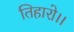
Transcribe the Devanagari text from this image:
तिहारो।।